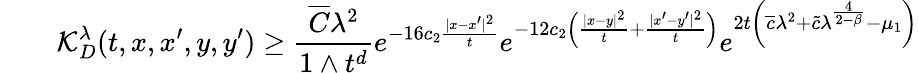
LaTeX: \qquad\mathcal{K}_{D}^{\lambda}(t,x,x^{\prime},y,y^{\prime})\ge\frac{\overline{{C}}\lambda^{2}}{1\wedge t^{d}}e^{-16c_{2}\frac{|x-x^{\prime}|^{2}}{t}}e^{-12c_{2}\left(\frac{|x-y|^{2}}{t}+\frac{|x^{\prime}-y^{\prime}|^{2}}{t}\right)}e^{2t\left(\overline{{c}}\lambda^{2}+\widetilde{c}\lambda^{\frac{4}{2-\beta}}-\mu_{1}\right)}